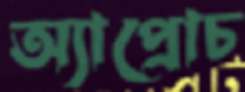
অ্যাপ্রোচ